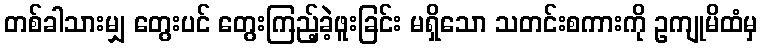
တစ်ခါသားမျှ တွေးပင် တွေးကြည့်ခဲ့ဖူးခြင်း မရှိသော သတင်းစကားကို ဥကျုမိထံမှ